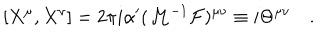
[ X ^ { \mu } , X ^ { \nu } ] = 2 \pi i \alpha ^ { \prime } ( { \cal M } ^ { - 1 } { \cal F } ) ^ { \mu \nu } \equiv i \Theta ^ { \mu \nu } \quad .